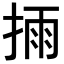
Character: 𢮳